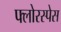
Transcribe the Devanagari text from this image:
फ्लोरस्पेस